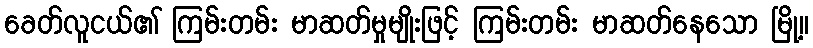
ခေတ်လူငယ်၏ ကြမ်းတမ်း မာဆတ်မှုမျိုးဖြင့် ကြမ်းတမ်း မာဆတ်နေသော မြို့။